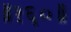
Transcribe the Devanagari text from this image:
॥१६०॥